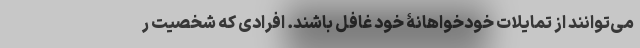
می‌توانند از تمایلات خودخواهانۀ خود غافل باشند. افرادی که شخصیت ر